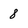
Character: 8